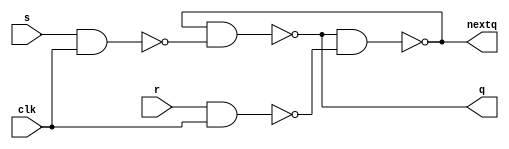
`timescale 1ns / 1ps
//////////////////////////////////////////////////////////////////////////////////
// Company: 
// Engineer: 
// 
// Design Name: 
// Module Name: rsnand
// Project Name: 
// Target Devices: 
// Tool Versions: 
// Description: 
// 
// Dependencies: 
// 
// Revision:
// Revision 0.01 - File Created
// Additional Comments:
// 
//////////////////////////////////////////////////////////////////////////////////


module rsnand(
input s,r, clk,
output q, nextq
    );
    
    assign q = ~(nextq &~(s &clk) );
    assign nextq = ~(q & ~(r&clk));
    
endmodule